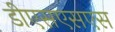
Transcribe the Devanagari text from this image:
डीएसएसएस